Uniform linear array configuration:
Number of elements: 8
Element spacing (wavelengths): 0.75
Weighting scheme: hamming
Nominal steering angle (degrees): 45
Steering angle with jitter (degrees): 44.653
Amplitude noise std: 0.05
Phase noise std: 0.05

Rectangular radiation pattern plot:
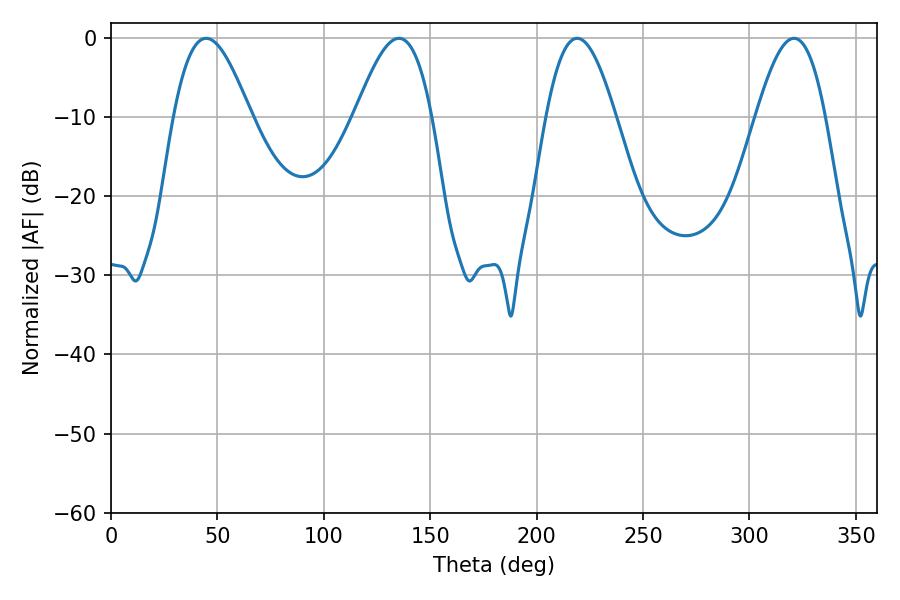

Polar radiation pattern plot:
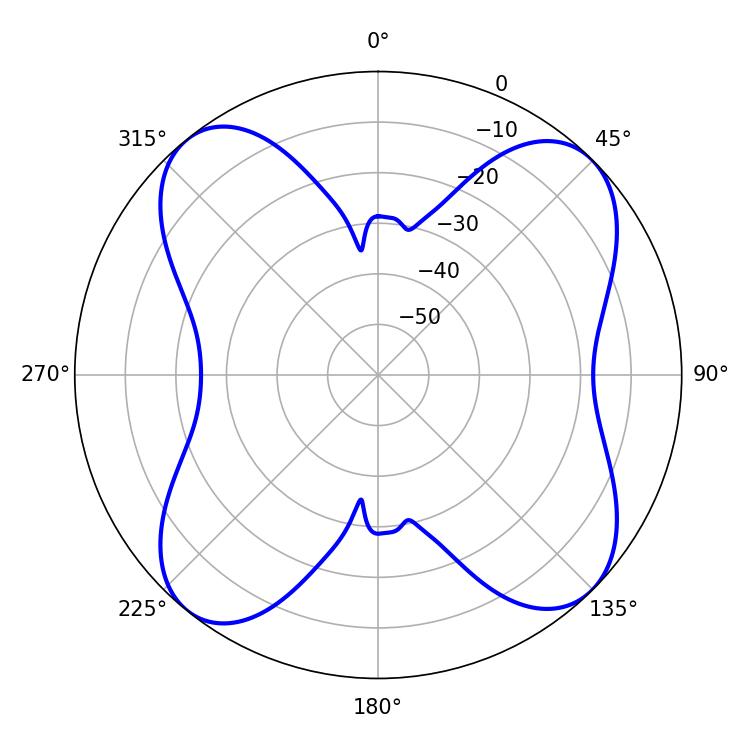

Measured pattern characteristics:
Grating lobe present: TRUE
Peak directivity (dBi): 12.356
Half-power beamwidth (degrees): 17.64
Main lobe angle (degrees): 219.06